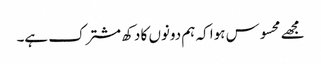
مجھے محسوس ہوا کہ ہم دونوں کا دکھ مشترک ہے۔